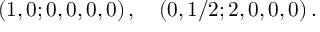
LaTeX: ( 1 , 0 ; 0 , 0 , 0 , 0 ) \, , \quad ( 0 , 1 / 2 ; 2 , 0 , 0 , 0 ) \, .